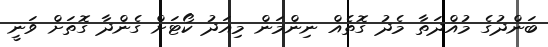
ބަންދުގެ މުއްދަތާ މެދު ގޮތެއް ނިންމަން މިއަދު ކޯޓަށް ގެންދާ ގޮތަށް ވަނީ